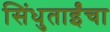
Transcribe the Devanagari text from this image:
सिंधुताईंचा